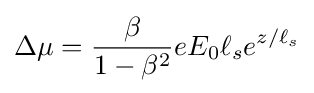
\Delta \mu ={\frac {\beta }{1-\beta ^{2}}}eE_{0}\ell _{s}e^{z/\ell _{s}}